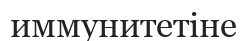
иммунитетіне